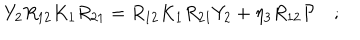
LaTeX: Y _ { 2 } R _ { 1 2 } K _ { 1 } R _ { 2 1 } = R _ { 1 2 } K _ { 1 } R _ { 2 1 } Y _ { 2 } + \eta _ { 3 } R _ { 1 2 } { \cal P } \quad ; \,